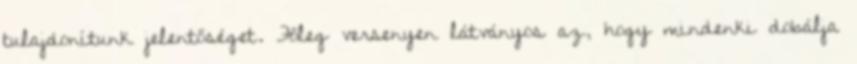
tulajdonítunk jelentőséget. Főleg versenyen látványos az, hogy mindenki dobálja